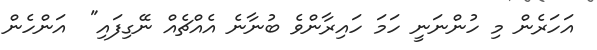
އަހަރެން މި ހުންނަނީ ހަމަ ހައިރާންވެ ބުނާނެ އެއްޗެއް ނޭގިފައި"  އަންހެން